system: You are a helpful assistant.
user:
Analyze the provided spectrum to determine if it is a **"Cataclysmic Variables (CV)"**.

- **Key Indicators for CV (Check for either state):**
    - **State 1: Quiescent / Low-State (Emission-Dominated)**
        - **(Primary):** Strong and *very broad* Hydrogen Balmer emission lines (e.g., $H\alpha$ at 6563 Å, $H\beta$ at 4861 Å). The 'broadness' (high velocity dispersion, often FWHM > 1000 km/s) is the key diagnostic, indicating a high-velocity accretion disk.
        - **(Secondary):** Broad neutral Helium (He I) emission lines (e.g., 5876 Å, 6678 Å).
        - **(Key Confirmation):** Presence of high-excitation *ionized* Helium (He II) emission at 4686 Å. This is a strong indicator of accretion onto a white dwarf.
        - **(Line Profile):** Emission lines may exhibit a 'double-peaked' profile, which is a classic signature of a rotating accretion disk viewed at high inclination.

    - **State 2: Outburst / High-State (Absorption-Dominated)**
        - **(Primary):** Spectrum is dominated by a bright, blue continuum (looks like a hot star).
        - **(Secondary):** The emission lines from State 1 are weak, absent, or 'filled in', and are replaced by broad, shallow *absorption* lines (primarily Balmer and He I).
        - **(Morphology):** The overall spectrum mimics a hot B/A-type star. The crucial difference is that the absorption lines are significantly broader, shallower, and more 'washed-out' (or 'smeared') than the sharp lines of a normal stellar photosphere, due to high rotational speeds and pressure broadening in the disk.

Think first, call **spectral_visualization_tool** if needed to examine features in detail, then provide your final answer. Your response must adhere to the following strict rules:
1.  **Overall Structure:** Your response must follow the format `<think>...</think> <tool_call>...</tool_call> (if a tool is used) <answer>...</answer>`.
2.  **Tool Usage Constraint:** You may only make **one** tool call per turn.
3.  **Final Answer Format:** In the `<answer>` tag, your conclusion must be inside a `\boxed{}` command (e.g., `\boxed{YES}`), followed by your justification.

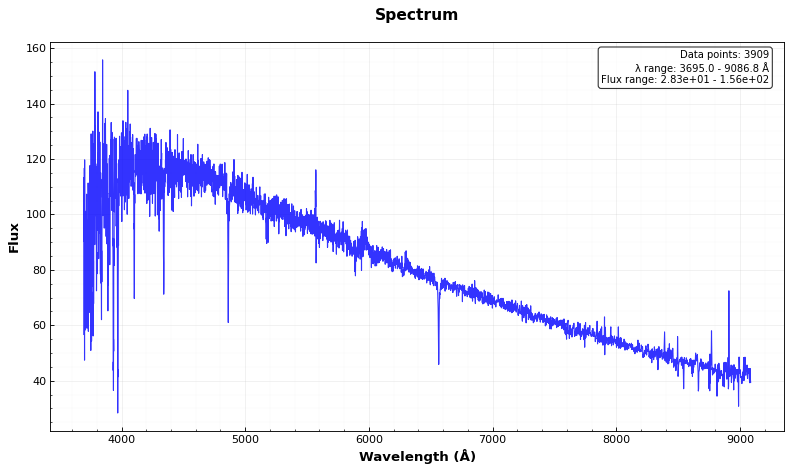
Answer: NO